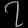
Digit: ၇